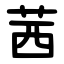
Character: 茜